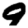
Digit: 9